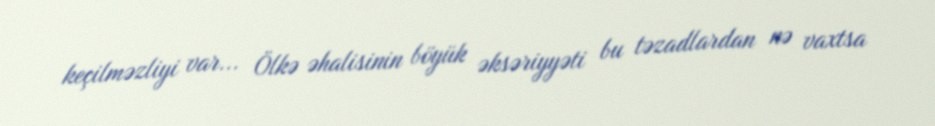
keçilməzliyi var... Ölkə əhalisinin böyük əksəriyyəti bu təzadlardan nə vaxtsa